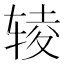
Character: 𰺊